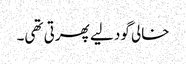
خالی گود لیے پھرتی تھی۔